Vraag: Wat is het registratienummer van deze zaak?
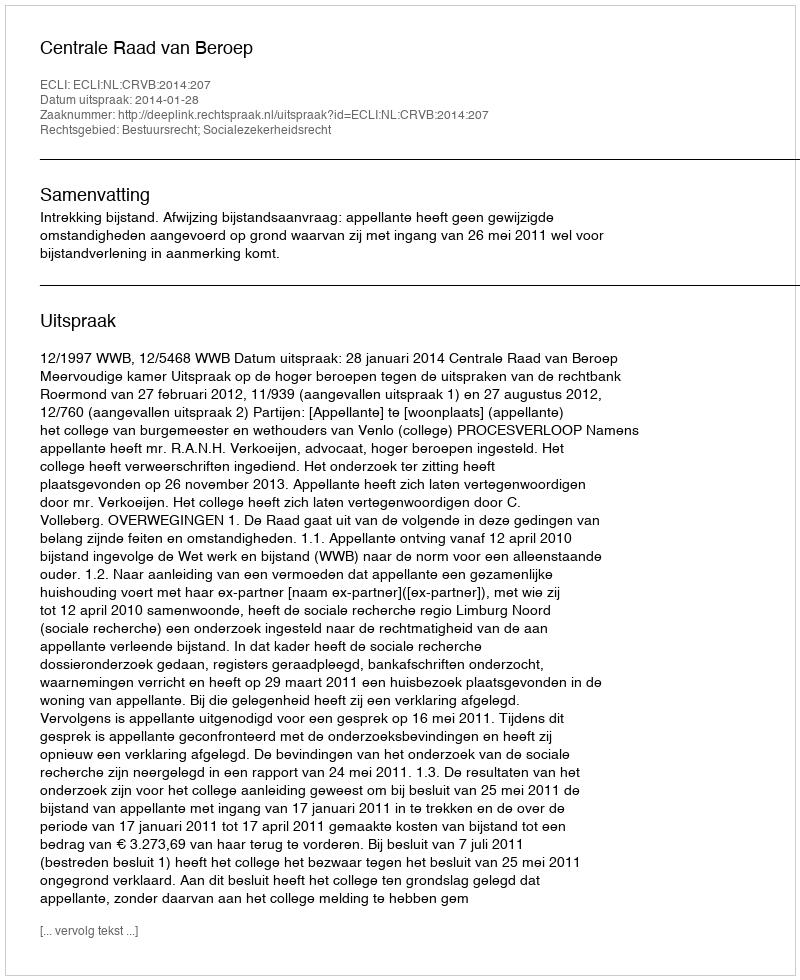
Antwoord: http://deeplink.rechtspraak.nl/uitspraak?id=ECLI:NL:CRVB:2014:207